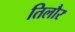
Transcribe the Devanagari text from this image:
तिलौर